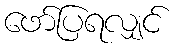
ဖော်ပြရလျှင်